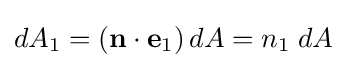
dA_{1}=\left(\mathbf {n} \cdot \mathbf {e} _{1}\right)dA=n_{1}\;dA